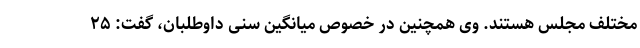
مختلف مجلس هستند. وی همچنین در خصوص میانگین سنی داوطلبان، گفت: ۲۵